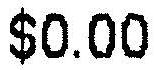
$0.00